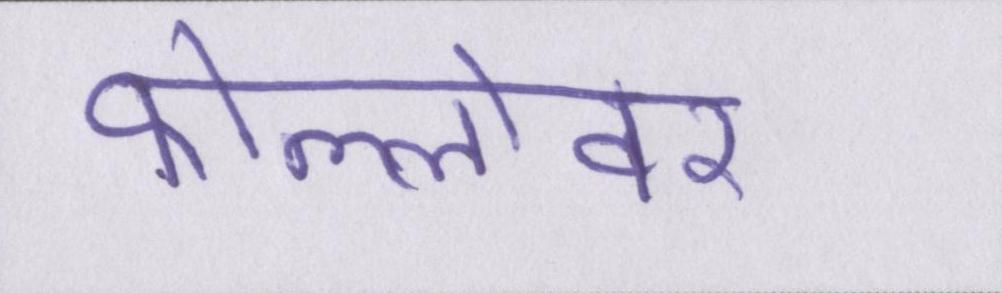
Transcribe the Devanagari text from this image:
फोल्लोवर